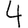
Digit: 4